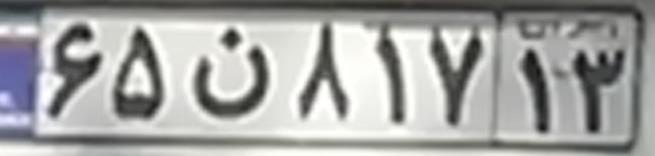
۶۵ن۸۱۷۱۳